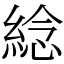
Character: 𦁤